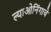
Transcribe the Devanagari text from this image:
ल्याओनिंगाचे